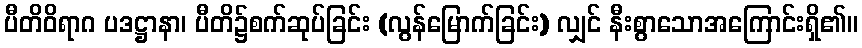
ပီတိဝိရာဂ ပဒဋ္ဌာနာ၊ ပီတိ၌စက်ဆုပ်ခြင်း (လွန်မြောက်ခြင်း) လျှင် နီးစွာသောအကြောင်းရှိ၏။